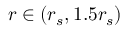
r \in ( r _ { s } , 1 . 5 r _ { s } )